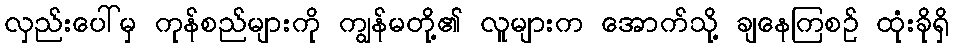
လှည်းပေါ်မှ ကုန်စည်များကို ကျွန်မတို့၏ လူများက အောက်သို့ ချနေကြစဉ် ထုံးခိုရှိ